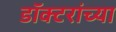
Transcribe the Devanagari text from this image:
डॉक्‍टरांच्या